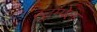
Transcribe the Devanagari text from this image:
स्ट्रम्पेल